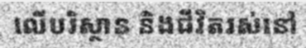
លើបរិស្ថាន និងជីវិតរស់នៅ